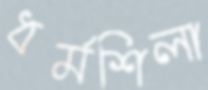
ধর্মশিলা